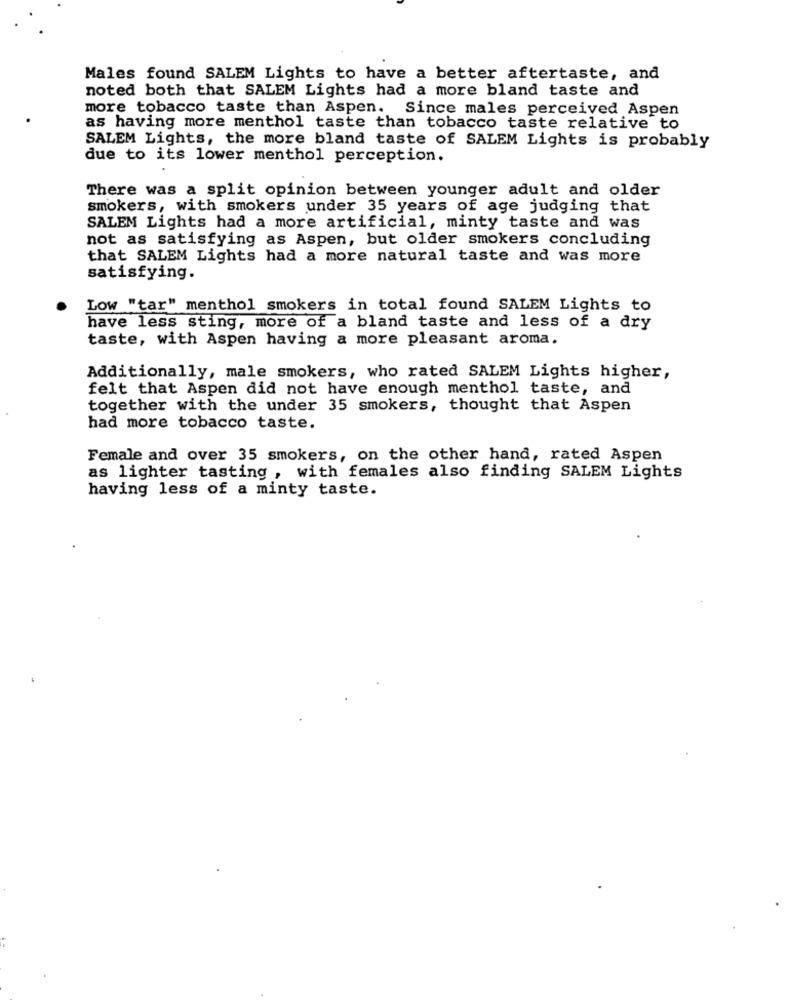
Males found SALEM Lights to have a better aftertaste, and
noted both that SALEM Lights had a more bland taste and
more tobacco taste than Aspen. Since males perceived Aspen
as having more menthol taste than tobacco taste relative to
SALEM Lights, the more bland taste of SALEM Lights is probably
due to its lower menthol perception.
There was a split opinion between younger adult and older
smokers, with smokers under 35 years of age judging that
SALEM Lights had a more artificial, minty taste and was
not as satisfying as Aspen, but older smokers concluding
that SALEM Lights had a more natural taste and was more
satisfying.
Low "tar" menthol smokers in total found SALEM Lights to
have less sting, more of a bland taste and less of a dry
taste, with Aspen having a more pleasant aroma.
Additionally, male smokers, who rated SALEM Lights higher,
felt that Aspen did not have enough menthol taste, and
together with the under 35 smokers, thought that Aspen
had more tobacco taste.
Female and over 35 smokers, on the other hand, rated Aspen
as lighter tasting , with females also finding SALEM Lights
having less of a minty taste.